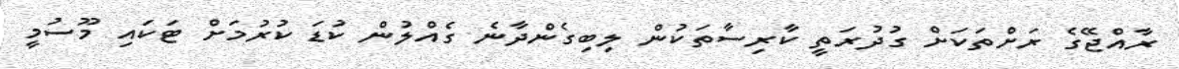
ރާއްޖޭގެ ރަށްތަކަށް ގުދުރަތީ ކާރިސާތަކުން ލިބިގެންދާނެ ގެއްލުން ކުޑަ ކުރުމަށް ޓަކައި މޫސުމީ